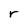
Character: r